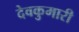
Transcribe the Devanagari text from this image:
देवकुमारी